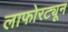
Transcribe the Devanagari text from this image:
लाफोरट्यून